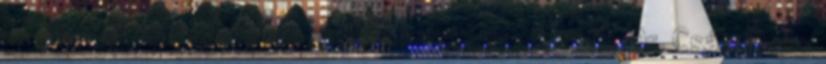
SZMSZ tudomásul vétele mellett másképp döntsön. Dr. Csákai Iván: